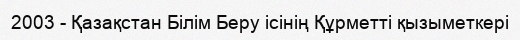
2003 - Қазақстан Білім Беру ісінің Құрметті қызыметкері